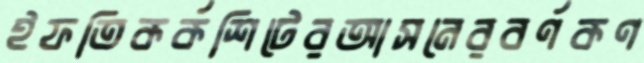
ইফতিকর্কশিটেরআসনেরবর্ণকণ